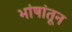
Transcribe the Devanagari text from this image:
भांषांतून